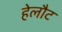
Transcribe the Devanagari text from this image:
हेलौट